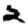
Digit: 2